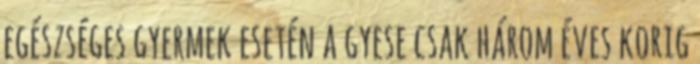
egészséges gyermek esetén a gyese csak három éves korig